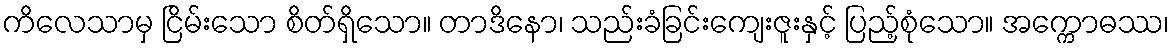
ကိလေသာမှ ငြိမ်းသော စိတ်ရှိသော။ တာဒိနော၊ သည်းခံခြင်းကျေးဇူးနှင့် ပြည့်စုံသော။ အက္ကောဓဿ၊